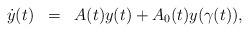
LaTeX: \begin{align*}\begin{array}{lcl}\dot{y}(t)&=&A(t)y(t)+A_{0}(t)y(\gamma(t)),\end{array}\end{align*}